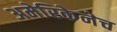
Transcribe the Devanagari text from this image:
अमेरिकेनेच